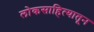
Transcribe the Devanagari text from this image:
लोकसाहित्यातून